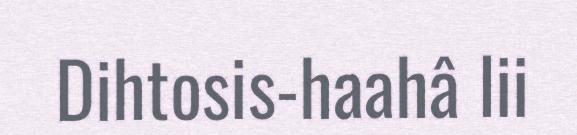
Dihtosis-haahâ lii